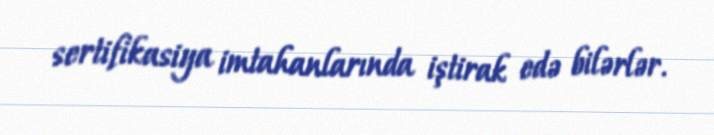
sertifikasiya imtahanlarında iştirak edə bilərlər.